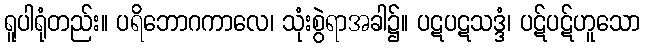
ရူပါရုံတည်း။ ပရိဘောဂကာလေ၊ သုံးစွဲရာအခါ၌။ ပဋပဋသဒ္ဒံ၊ ပဋ်ပဋ်ဟူသော